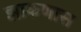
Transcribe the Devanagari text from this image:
झाकणास